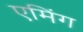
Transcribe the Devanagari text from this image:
एमिंग